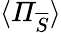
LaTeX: \langle\mathit{\Pi}_{\overline{{S}}}\rangle